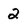
Character: 2